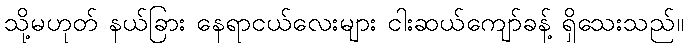
သို့မဟုတ် နယ်ခြား နေရာငယ်လေးများ ငါးဆယ်ကျော်ခန့် ရှိသေးသည်။